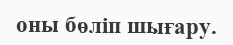
оны бөліп шығару.